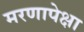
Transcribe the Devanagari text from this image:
मरणापेक्षा